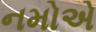
નમોએ